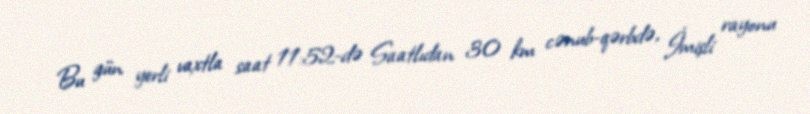
Bu gün yerli vaxtla saat 11:52-də Saatlıdan 30 km cənub-qərbdə, İmişli rayonu